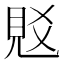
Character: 覐